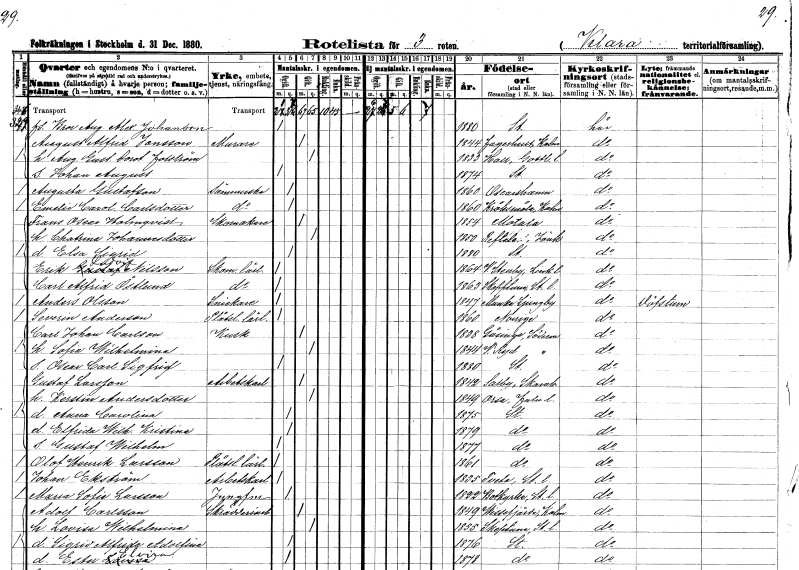
gt_parse: households: individuals: FN: Bror August Alexander
EN: Johanson
KON: M
CIV: O
FODAR: 1880
FODFORS: Stockholm
FN: August Alfrid
EN: Jonsson
YRKE: Murare
KON: M
CIV: G
FODAR: 1844
FODFORS: Fagerhult Kalmar län
FN: August Gustaf Dorotea
EN: Folström
KON: K
CIV: G
FODAR: 1833
FODFORS: Hall Gotlands län
FN: Johan August
KON: M
CIV: O
FODAR: 1874
FODFORS: Stockholm
FN: Augusta
EN: Gustafson
YRKE: Sömmerska
KON: K
CIV: O
FODAR: 1860
FODFORS: Oskarshamn Kalmar län
FN: Emelie Carolina
EN: Carlsdotter
YRKE: Sömmerska
KON: K
CIV: O
FODAR: 1860
FODFORS: Kråksmåla Kalmar län
FN: Frans Oscar
EN: Holmqvist
YRKE: Skomakare
KON: M
CIV: G
FODAR: 1854
FODFORS: Motala Östergötlands län
FN: Chatrina
EN: Johannesdotter
KON: K
CIV: G
FODAR: 1850
FODFORS: Reftele Jönköpings län
FN: Elsa Sigrid
KON: K
CIV: O
FODAR: 1880
FODFORS: Stockholm
FN: Erik Ludvig
EN: Nilsson
YRKE: Skomakarelärling
KON: M
CIV: O
FODAR: 1864
FODFORS: Västra Stenby Östergötlands län
FN: Carl Alfrid
EN: Östlund
YRKE: Skomakarelärling
KON: M
CIV: O
FODAR: 1863
FODFORS: Skepptuna Stockholms län
FN: Anders
EN: Olsson
YRKE: Snickare
KON: M
CIV: O
FODAR: 1847
FODFORS: Munka-Ljungby Kristianstads län
FN: Severin
EN: Anderson
YRKE: Plåtslagarelärling
KON: M
CIV: O
FODAR: 1860
FN: Carl Johan
EN: Carlson
YRKE: Kusk
KON: M
CIV: G
FODAR: 1838
FODFORS: Gåsinge Södermanlands län
FN: Sofia Wilhelmina
KON: K
CIV: G
FODAR: 1844
FODFORS: Västra Ryd Stockholms län
FN: Oscar Carl Sigfrid
KON: M
CIV: O
FODAR: 1880
FODFORS: Stockholm
FN: Gustaf
EN: Larsson
YRKE: Arbetskarl
KON: M
CIV: G
FODAR: 1842
FODFORS: Saleby Skaraborgs län
FN: Kerstin
EN: Andersdotter
KON: K
CIV: G
FODAR: 1849
FODFORS: Orsa Kopparbergs län
FN: Anna Carolina
KON: K
CIV: O
FODAR: 1875
FODFORS: Stockholm
FN: Elfrida Wilhelmina Kristina
KON: K
CIV: O
FODAR: 1879
FODFORS: Stockholm
FN: Gustaf Wilhelm
KON: M
CIV: O
FODAR: 1877
FODFORS: Stockholm
FN: Olof Henrik
EN: Larsson
YRKE: Plåtslagarelärling
KON: M
CIV: O
FODAR: 1861
FODFORS: Stockholm
FN: Johan
EN: Ekström
YRKE: Arbetskarl
KON: M
CIV: O
FODAR: 1835
FODFORS: Tveta Stockholms län
FN: Maria Sofia
EN: Larsson
YRKE: Jungfru
KON: K
CIV: O
FODAR: 1822
FODFORS: Botkyrka Stockholms län
FN: Adolf
EN: Carlsson
YRKE: Skrädderiarbetare
KON: M
CIV: G
FODAR: 1849
FODFORS: Vissefjärda Kalmar län
FN: Lovisa Wilhelmina
KON: K
CIV: G
FODAR: 1855
FODFORS: Skepptuna Stockholms län
FN: Sigrid Alfrida Adolfina
KON: K
CIV: O
FODAR: 1876
FODFORS: Stockholm
FN: Ester Elvira
KON: K
CIV: O
FODAR: 1878
FODFORS: Stockholm